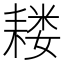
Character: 耧